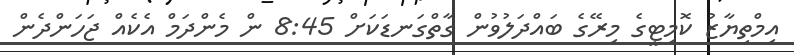
އިމްތިޔާޒު ކޮމިޓީގެ މިރޭގެ ބައްދަލުވުން ގާތްގަނޑަކަށް 8:45 ން މެންދަމް އެކެއް ޖަހަންދެން